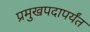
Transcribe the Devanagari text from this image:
प्रमुखपदापर्यंत